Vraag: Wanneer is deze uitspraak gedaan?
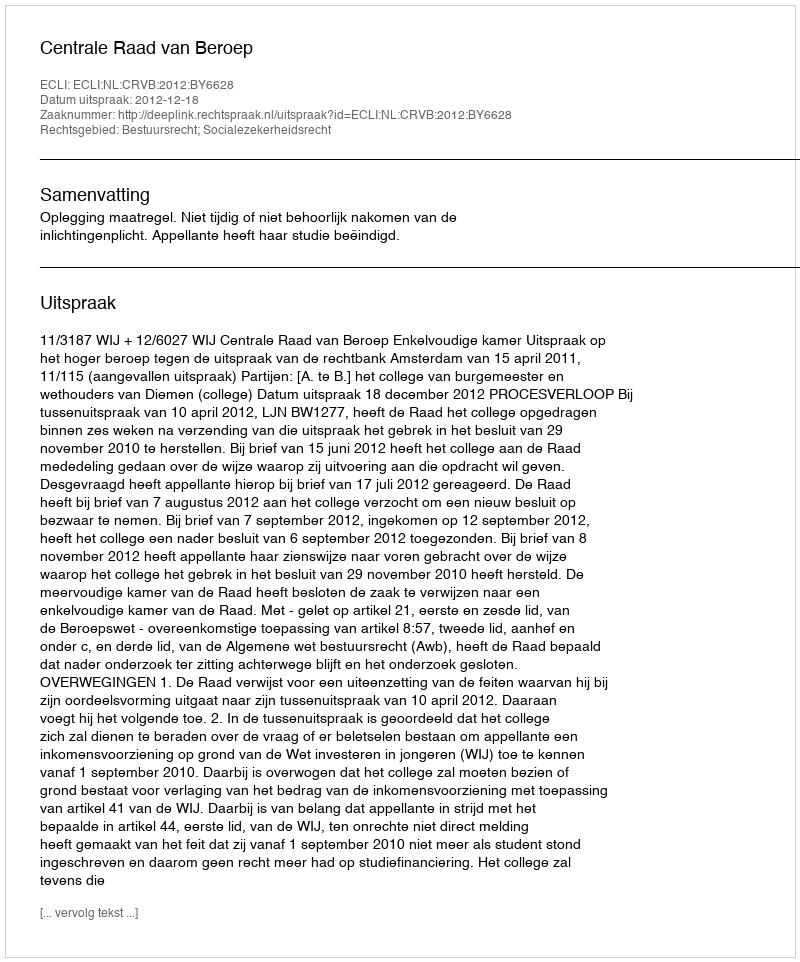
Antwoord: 2012-12-18